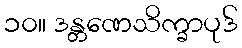
၁၀။ ဒန္တဏေသိက္ခာပုဒ်